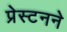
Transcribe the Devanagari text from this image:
प्रेस्टनने